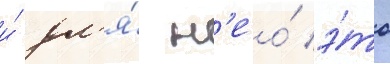
и́ дл'я́ н'ео́ э́то